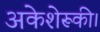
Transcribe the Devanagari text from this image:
अकेशेरूकी।